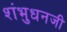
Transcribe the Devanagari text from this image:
शंभुधनजी